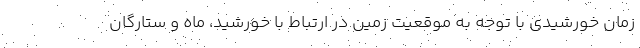
زمان خورشیدی با توجه به موقعیت زمین در ارتباط با خورشید، ماه و ستارگان